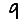
Digit: 9